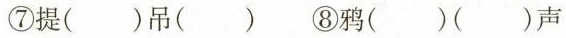
⑦提()吊() ⑧鸦()()声